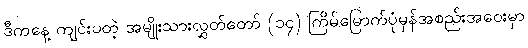
ဒီကနေ့ ကျင်းပတဲ့ အမျိုးသားလွှတ်တော် (၁၄) ကြိမ်မြောက်ပုံမှန်အစည်းအဝေးမှာ